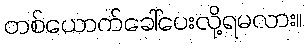
တစ်ယောက်ခေါ်ပေးလို့ရမလား။